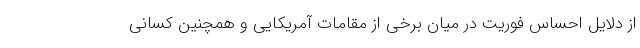
از دلایل احساس فوریت در میان برخی از مقامات آمریکایی و همچنین کسانی